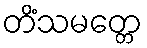
တိံသမတ္တေ